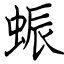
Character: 蜄